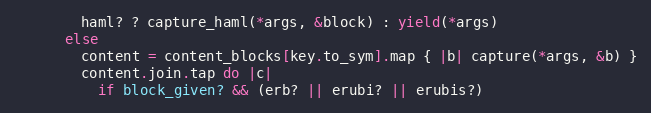
Language: Ruby
        haml? ? capture_haml(*args, &block) : yield(*args)
      else
        content = content_blocks[key.to_sym].map { |b| capture(*args, &b) }
        content.join.tap do |c|
          if block_given? && (erb? || erubi? || erubis?)